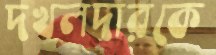
দখলদারকে